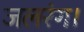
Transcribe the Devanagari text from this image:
जलरंग।